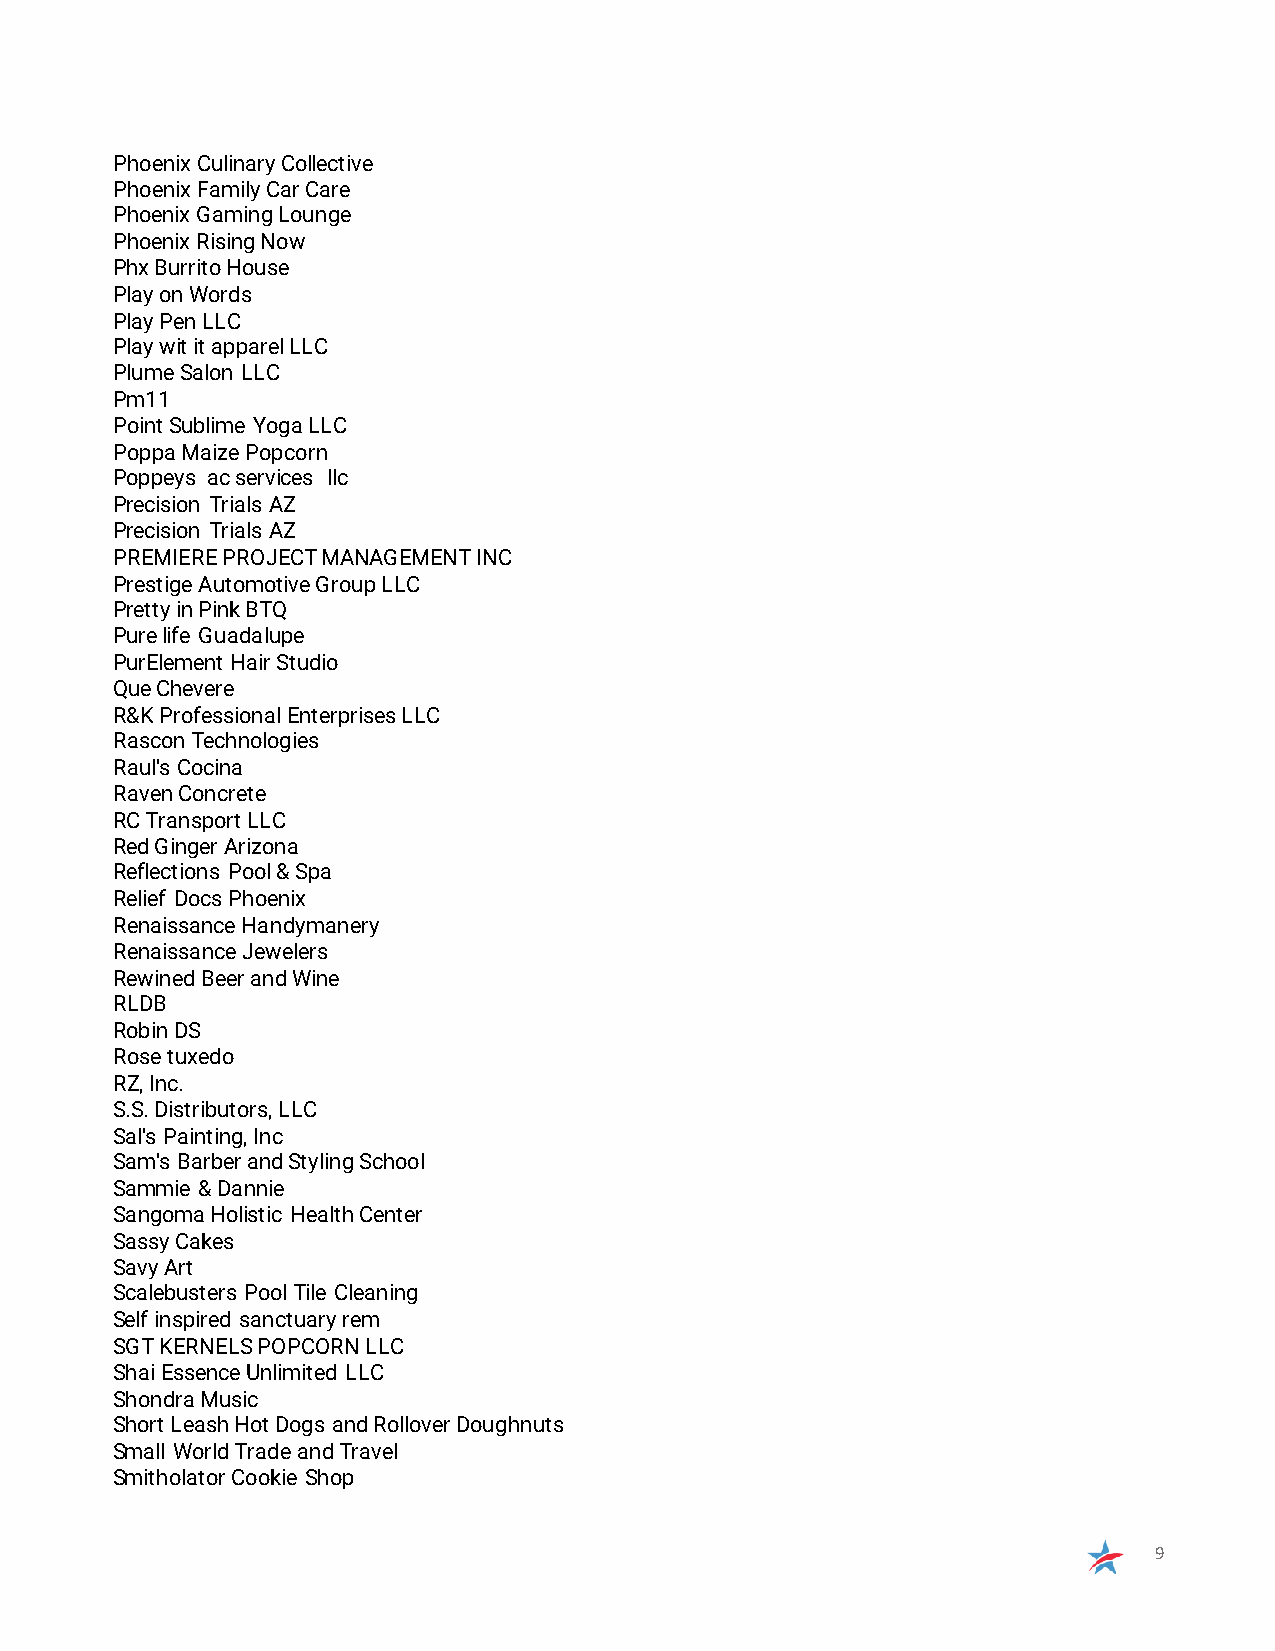
Phoenix Culinary Collective
 Phoenix Family Car Care
 Phoenix Gaming Lounge
 Phoenix Rising Now
 Phx Burrito House
 Play on Words
 Play Pen LLC
 Play wit it apparel LLC
 Plume Salon LLC
 Pm11
 Point Sublime Yoga LLC
 Poppa Maize Popcorn
 Poppeys ac services llc
 Precision Trials AZ
 Precision Trials AZ
 PREMIERE PROJECT MANAGEMENT INC
 Prestige Automotive Group LLC
 Pretty in Pink BTQ
 Pure life Guadalupe
 PurElement Hair Studio
 Que Chevere
 R&K Professional Enterprises LLC
 Rascon Technologies
 Raul's Cocina
 Raven Concrete
 RC Transport LLC
 Red Ginger Arizona
 Reflections Pool & Spa
 Relief Docs Phoenix
 Renaissance Handymanery
 Renaissance Jewelers
 Rewined Beer and Wine
 RLDB
 Robin DS
 Rose tuxedo
 RZ, Inc.
 S.S. Distributors, LLC
 Sal's Painting, Inc
 Sam's Barber and Styling School
 Sammie & Dannie
 Sangoma Holistic Health Center
 Sassy Cakes
 Savy Art
 Scalebusters Pool Tile Cleaning
 Self inspired sanctuary rem
 SGT KERNELS POPCORN LLC
 Shai Essence Unlimited LLC
 Shondra Music
 Short Leash Hot Dogs and Rollover Doughnuts
 Small World Trade and Travel
 Smitholator Cookie Shop
 9